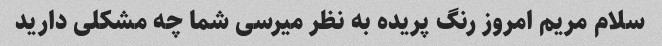
سلام مریم امروز رنگ پریده به نظر میرسی شما چه مشکلی دارید